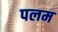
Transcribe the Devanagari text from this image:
पलम